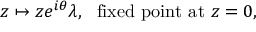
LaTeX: z \mapsto z e ^ { i \theta } \lambda , \, \, \mathrm { ~ f i x e d ~ p o i n t ~ a t ~ } z = 0 ,